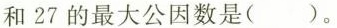
和27的最大公因数是( )。